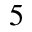
^ 5